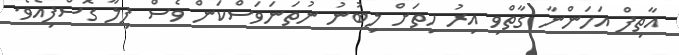
އާތިފް އަހަންނާ ގާތްވި އިރު ހިތަށް ލިބުނު ނުތަނަވަސްކަން ވެސް ފިލާ ގޮސްފިއެވެ.